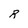
Character: R